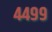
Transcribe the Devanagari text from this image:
४४९९